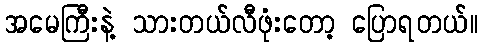
အမေကြီးနဲ့ သားတယ်လီဖုံးတော့ ပြောရတယ်။